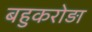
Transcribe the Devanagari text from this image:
बहुकरोड़ा